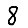
Digit: 8